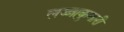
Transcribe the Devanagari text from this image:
लज्जाकुमारी